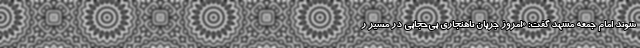
شوند امام جمعه مشهد گفت: «امروز جریان ناهنجاری بی‌حجابی در مسیر ر